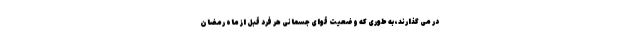
در می گذارند، به طوری که وضعیت قوای جسمانی هر فرد قبل از ماه رمضان